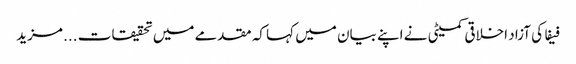
فیفا کی آزاد اخلاقی کمیٹی نے اپنے بیان میں کہا کہ مقدمے میں تحقیقات ... مزید